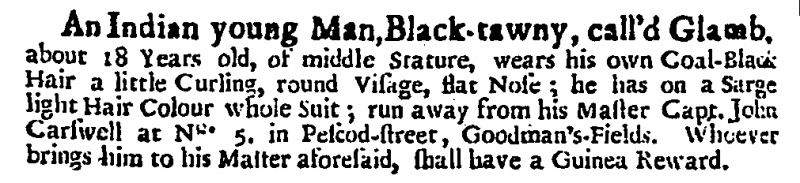
Daily Courant, 25 April 1709 (England)
An Indian young Man, Black-tawny, call’d Glamb, about 18 Years old, of middle Stature, wears his own Coal-Black Hair a little Curling, round Visage, flat Nose; he has on a Sarge light Hair Colour whole Suit; run away from his Master Capt. John Carswell, at No.5. in Pescod-street, Goodman’s-Fields. Whoever brings him to his Master aforesaid, shall have a Guinea Reward.